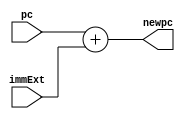
`timescale 1ns / 1ps
//////////////////////////////////////////////////////////////////////////////////
//El mdulo iene como propsito calcular la siguiente direccin 
//de memoria de PC para instrucciones tipo B y J, es decir, al 
//valor actual de PC le suma el valor del inmediato
//////////////////////////////////////////////////////////////////////////////////


module NewPC (
  input [31:0] pc, //Entrada de valor atual de PC
  input [31:0] immExt, //Entrada del inmediato extendido para realizar el salto
  output reg [31:0] newpc //Salida de la nueva direccin de PC
);
//Realizar la operacin en cada cambio en las entradas
  always @* begin
    newpc = pc + immExt; //Suma el PC ms el inmediato
  end
  
endmodule